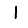
Digit: 1